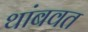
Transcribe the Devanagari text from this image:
थांबवत